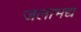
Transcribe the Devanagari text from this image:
जलाभद्य